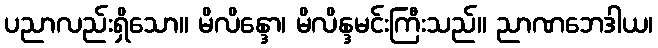
ပညာလည်းရှိသော။ မိလိန္ဒော၊ မိလိန္ဒမင်းကြီးသည်။ ညာဏဘေဒါယ၊